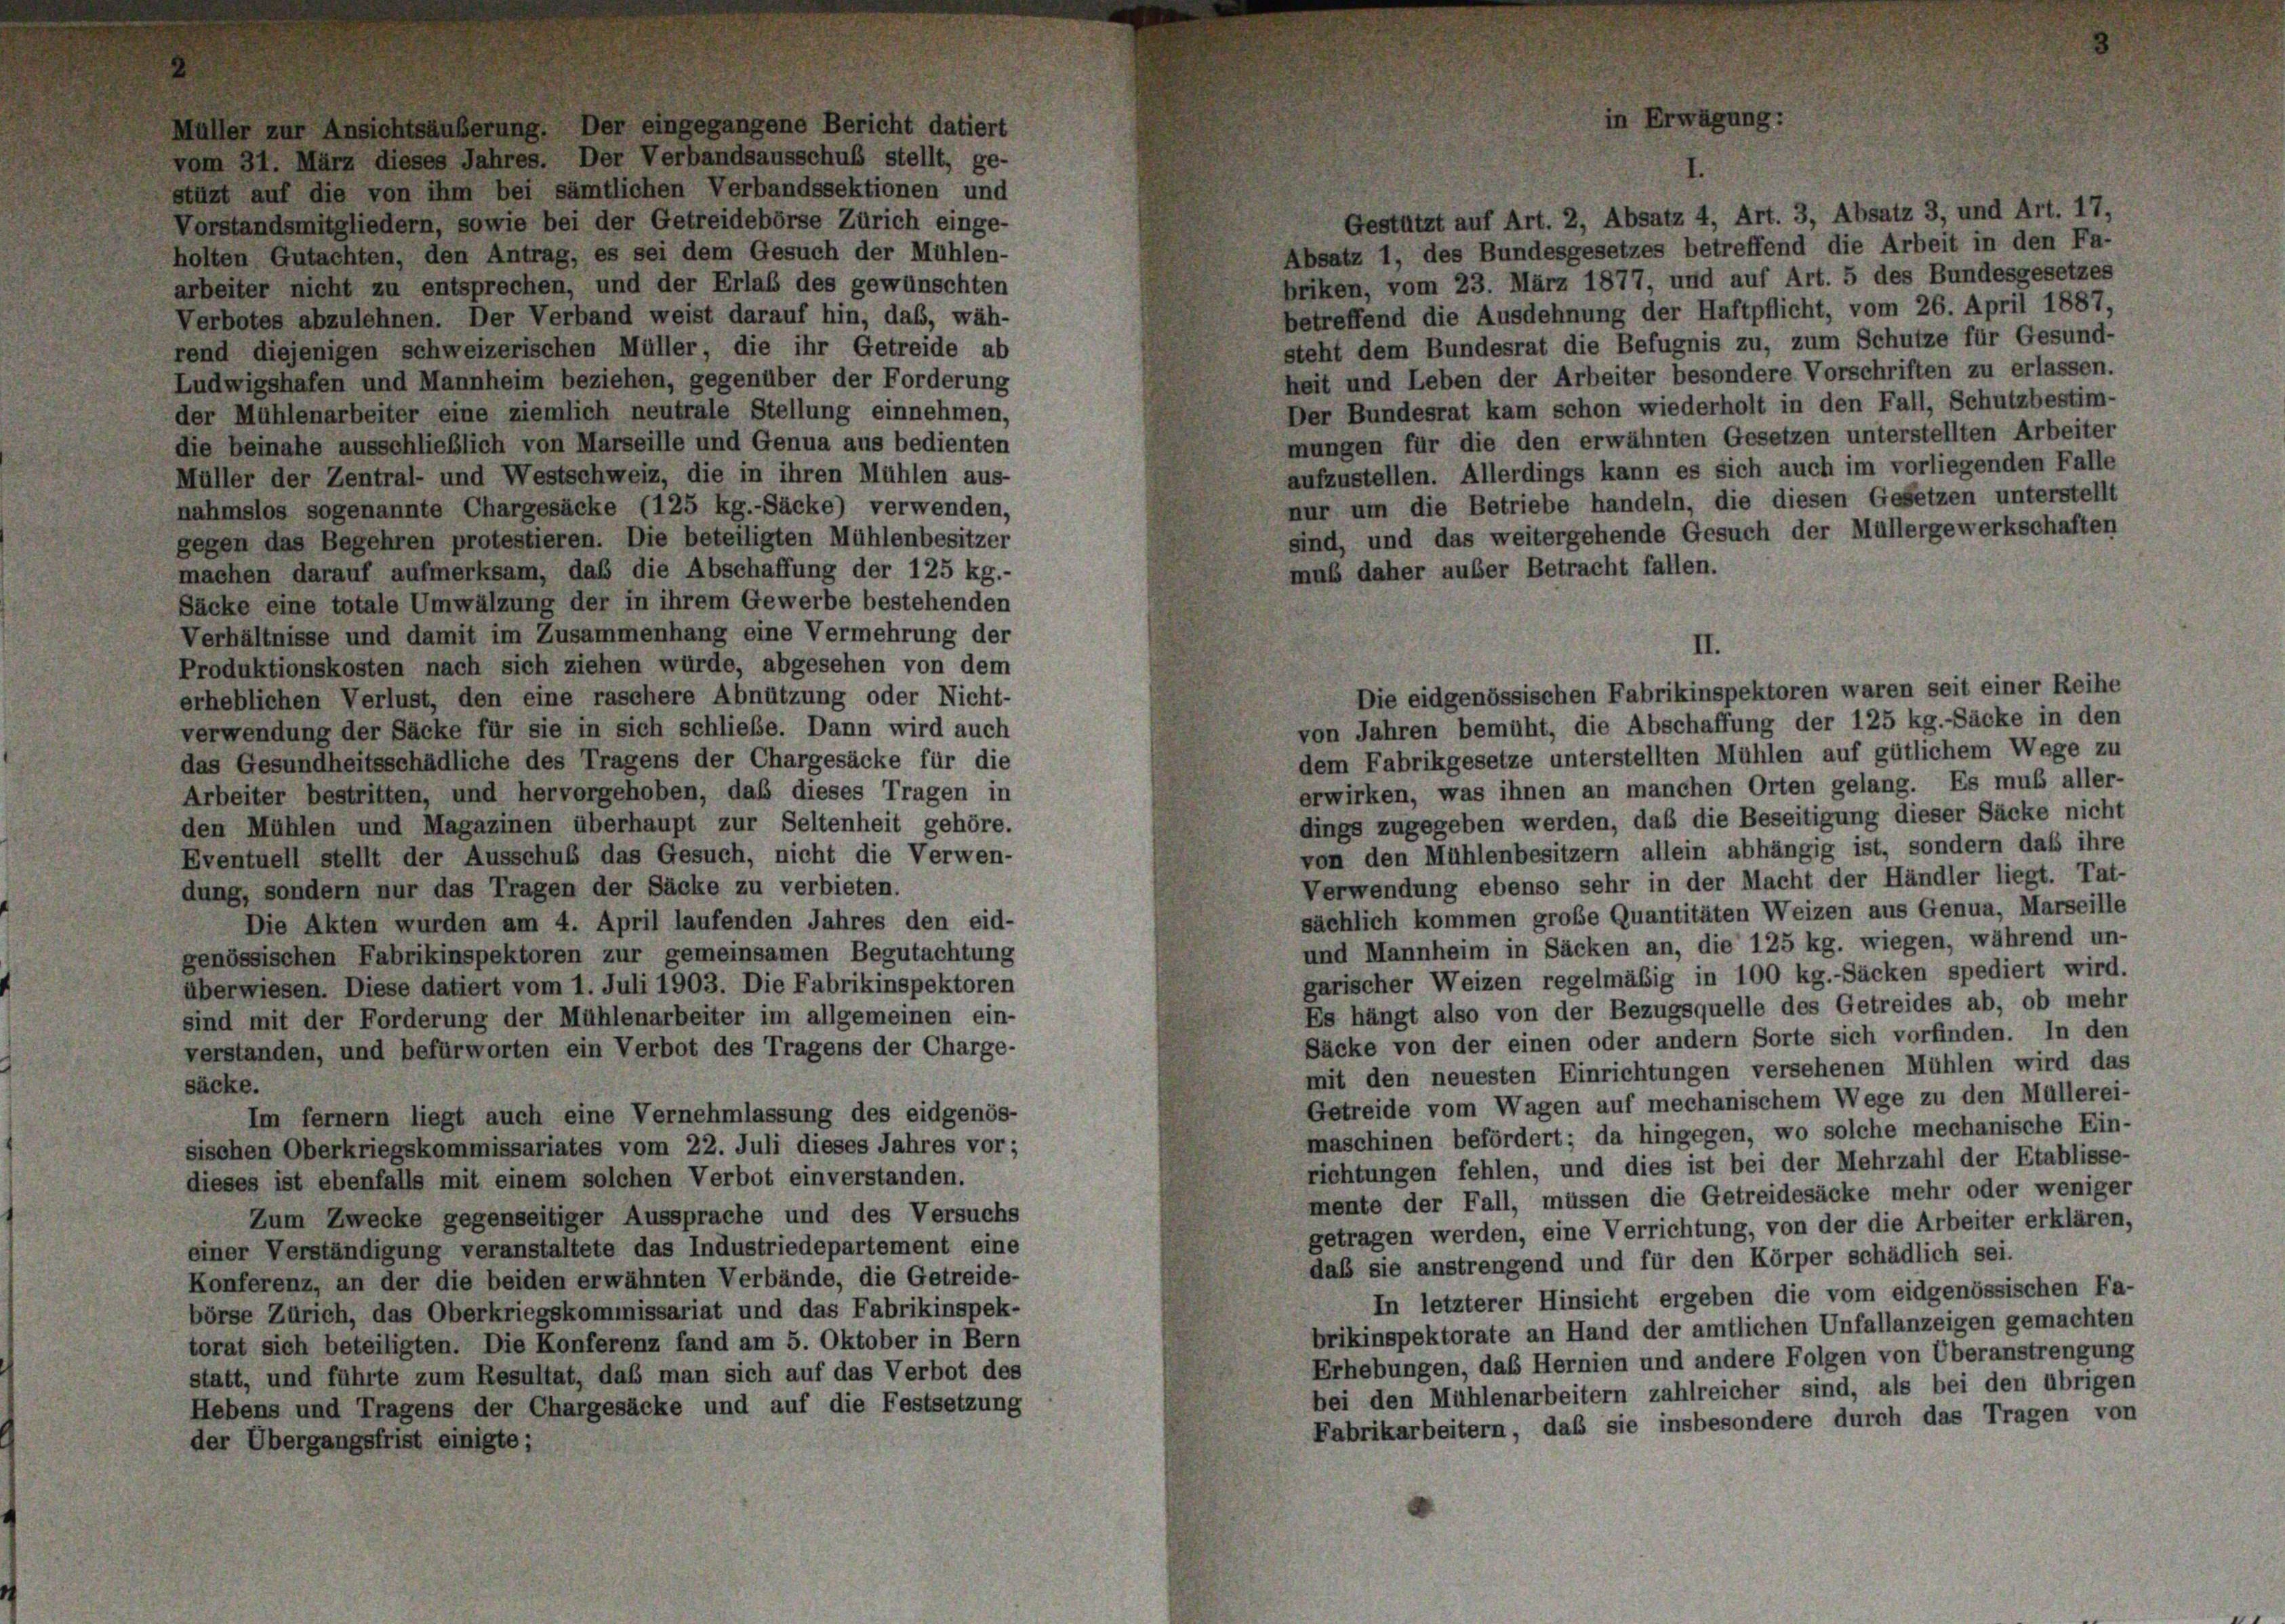
rend diejenigen schweizerischen Müller, die ihr Getreide ab
Ludwigshafen und Mannheim beziehen, gegenüber der Forderung
der Mühlenarbeiter eine ziemlich neutrale Stellung einnehmen,
die beinahe ausschließlich von Marseille und Genua aus bedienten
Müller der Zentral- und Westschweiz, die in ihren Mühlen aus-
nahmslos sogenannte Chargesäcke (125 kg.-Säcke) verwenden,
gegen das Begehren protestieren. Die beteiligten Mühlenbesitzer
machen darauf aufmerksam, daß die Abschaffung der 125 kg.-
Säcke eine totale Umwälzung der in ihrem Gewerbe bestehenden
Verhältnisse und damit im Zusammenhang eine Vermehrung der
Produktionskosten nach sich ziehen würde, abgesehen von dem
erheblichen Verlust, den eine raschere Abnützung oder Nicht-
verwendung der Säcke für sie in sich schließe. Dann wird auch
das Gesundheitsschädliche des Tragens der Chargesäcke für die
Arbeiter bestritten, und hervorgehoben, daß dieses Tragen in
den Mühlen und Magazinen überhaupt zur Seltenheit gehöre.
Eventuell stellt der Ausschub das Gesuch, nicht die Verwen-
dung, sondern nur das Tragen der Säcke zu verbieten.
Die Akten wurden am 4. April laufenden Jahres den eid-
genössischen Fabrikinspektoren zur gemeinsamen Begutachtung
überwiesen. Diese datiert vom 1. Juli 1903. Die Fabrikinspektoren
sind mit der Forderung der Mühlenarbeiter im allgemeinen ein-
verstanden, und befürworten ein Verbot des Tragens der Charge-
säcke.
Im fernem liegt auch eine Vernehmlassung des eidgenös-
sischen Oberkriegskommissariates vom 22. Juli dieses Jahres vor;
dieses ist ebenfalls mit einem solchen Verbot einverstanden.
Zum Zwecke gegenseitiger Aussprache und des Versuchs
einer Verständigung veranstaltete das Industriedepartement eine
Konferenz, an der die beiden erwähnten Verbände, die Getreide-
börse Zürich, das Oberkriegskommissariat und das Fabrikinspek-
torat sich beteiligten. Die Konferenz fand am 5. Oktober in Bern
statt, und führte zum Resultat, daß man sich auf das Verbot des
Hebens und Tragens der Chargesäcke und auf die Festsetzung
der Übergangsfrist einigte;

holten Gutachten, den Antrag, es sei dem Gesuch der Mühlen-
arbeiter nicht zu entsprechen, und der Erlaß des gewünschten
Verbotes abzulehnen. Der Verband weist darauf hin, das, wäh-

erbandssektionen und

II.
Die eidgenössischen Fabrikinspektoren waren seit einer Reihe

stützt auf Art. 2, Absatz 4, Art. 3, Absatz 3, und Art. 17,
Absatz 1, des Bundesgesetzes betreffend die Arbeit in den Fa-
briken, vom 23. März 1877, und auf Art. 5 des Bundesgesetzes
betreffend die Ausdehnung der Haftpflicht, vom 26. April 1887,
steht dem Bundesrat die Befugnis zu, zum Schutze für Gesund-

heit und Leben der Arbeiter besondere Vorschriften zu erlassen.
Der Bundesrat kam schon wiederholt in den Fall, Schutzbestim-
mungen für die den erwähnten Gesetzen unterstellten Arbeiter
aufzustellen. Allerdings kann es sich auch im vorliegenden Falle
nur um die Betriebe handeln, die diesen Gesetzen unterstellt
sind, und das weitergehende Gesuch der Müllergewerkschaften
muss daher auser Betracht fallen.

von Jahren bemüht, die Abschaffung der 125 kg.-Säcke in den
dem Fabrikgesetze unterstellten Mühlen auf gütlichem Wege zu
erwirken, was ihnen an manchen Orten gelang. Es muß aller-
dings zugegeben werden, daß die Beseitigung dieser Säcke nicht
von den Mühlenbesitzern allein abhängig ist, sondern daß ihre
Verwendung ebenso sehr in der Macht der Händler liegt. Tat-
sächlich kommen große Quantitäten Weizen aus Genua, Marseille
und Mannheim in Säcken an, die 125 kg. wiegen, während un-
garischer Weizen regelmäßig in 100 kg.-Säcken spediert wird.
Es hängt also von der Bezugsquelle des Getreides ab, ob mehr
Säcke von der einen oder andern Sorte sich vorfinden. In den
mit den neuesten Einrichtungen versehenen Mühlen wird das
Getreide vom Wagen auf mechanischem Wege zu den Müllerei-
maschinen befördert; da hingegen, wo solche mechanische Ein-
richtungen fehlen, und dies ist bei der Mehrzahl der Etablisse-
mente der Fall, müssen die Getreidesäcke mehr oder weniger
getragen werden, eine Verrichtung, von der die Arbeiter erklären,
daß sie anstrengend und für den Körper schädlich sei.
In letzterer Hinsicht ergeben die vom eidgenössischen Fa-
brikinspektorate an Hand der amtlichen Unfallanzeigen gemachten
Erhebungen, das Hernien und andere Folgen von Überanstrengung
bei den Mühlenarbeitern zahlreicher sind, als bei den übrigen
Fabrikarbeitern, daß sie insbesondere durch das Tragen von